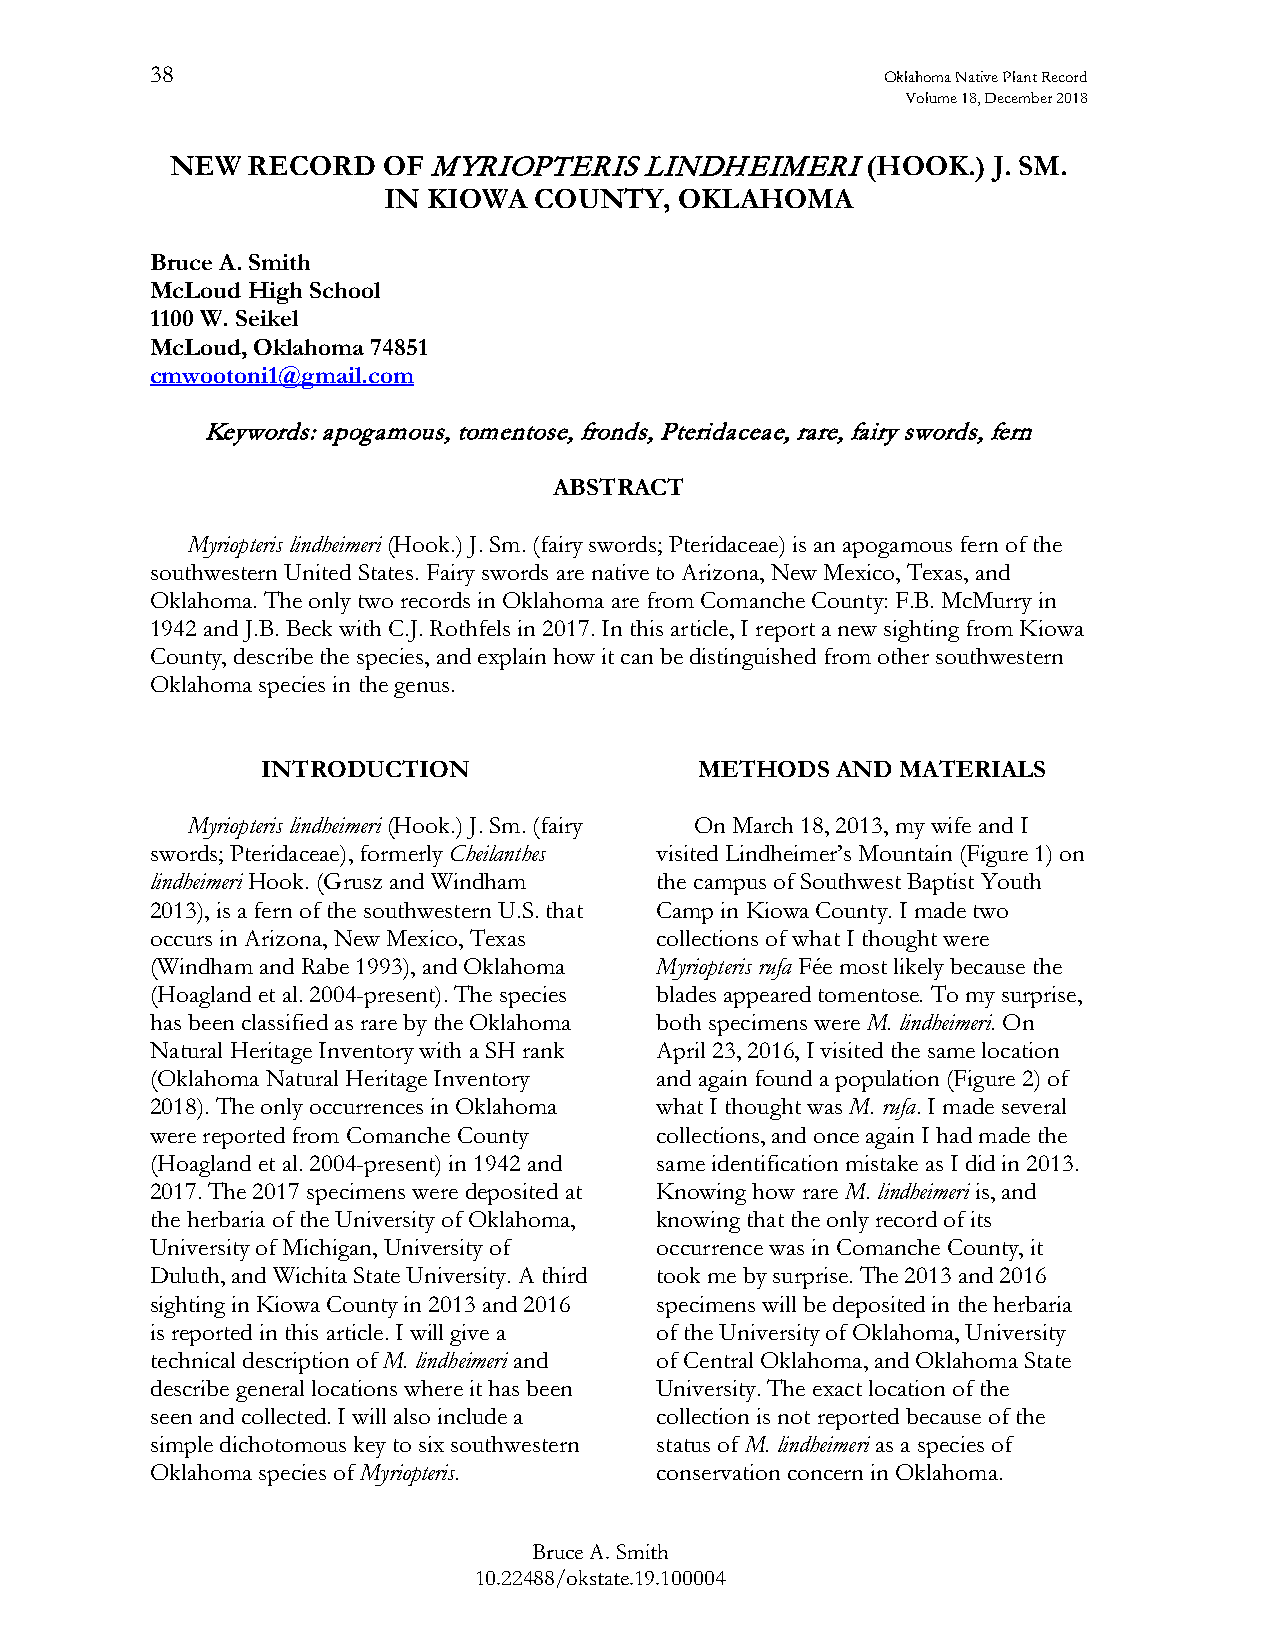
38                                               Oklahoma Native Plant Record
 Volume 18, December 2018
 NEW  RECORD   OF MYRIOPTERIS   LINDHEIMERI    (HOOK.)  J. SM.
 IN KIOWA  COUNTY,   OKLAHOMA
 Bruce A. Smith
 McLoud High School
 1100 W. Seikel
 McLoud, Oklahoma 74851
 cmwootoni1@gmail.com
 Keywords: apogamous, tomentose, fronds, Pteridaceae, rare, fairy swords, fern
 ABSTRACT
 Myriopteris lindheimeri (Hook.) J. Sm. (fairy swords; Pteridaceae) is an apogamous fern of the
 southwestern United States. Fairy swords are native to Arizona, New Mexico, Texas, and
 Oklahoma. The only two records in Oklahoma are from Comanche County: F.B. McMurry in
 1942 and J.B. Beck with C.J. Rothfels in 2017. In this article, I report a new sighting from Kiowa
 County, describe the species, and explain how it can be distinguished from other southwestern
 Oklahoma species in the genus.
 INTRODUCTION                 METHODS  AND  MATERIALS
 Myriopteris lindheimeri (Hook.) J. Sm. (fairy On March 18, 2013, my wife and I
 swords; Pteridaceae), formerly Cheilanthes visited Lindheimer’s Mountain (Figure 1) on
 lindheimeri Hook. (Grusz and Windham the campus of Southwest Baptist Youth
 2013), is a fern of the southwestern U.S. that Camp in Kiowa County. I made two
 occurs in Arizona, New Mexico, Texas collections of what I thought were
 (Windham and Rabe 1993), and Oklahoma Myriopteris rufa Fée most likely because the
 (Hoagland et al. 2004-present). The species blades appeared tomentose. To my surprise,
 has been classified as rare by the Oklahoma both specimens were M. lindheimeri. On
 Natural Heritage Inventory with a SH rank April 23, 2016, I visited the same location
 (Oklahoma Natural Heritage Inventory and again found a population (Figure 2) of
 2018). The only occurrences in Oklahoma what I thought was M. rufa. I made several
 were reported from Comanche County collections, and once again I had made the
 (Hoagland et al. 2004-present) in 1942 and same identification mistake as I did in 2013.
 2017. The 2017 specimens were deposited at Knowing how rare M. lindheimeri is, and
 the herbaria of the University of Oklahoma, knowing that the only record of its
 University of Michigan, University of occurrence was in Comanche County, it
 Duluth, and Wichita State University. A third took me by surprise. The 2013 and 2016
 sighting in Kiowa County in 2013 and 2016 specimens will be deposited in the herbaria
 is reported in this article. I will give a of the University of Oklahoma, University
 technical description of M. lindheimeri and of Central Oklahoma, and Oklahoma State
 describe general locations where it has been University. The exact location of the
 seen and collected. I will also include a collection is not reported because of the
 simple dichotomous key to six southwestern status of M. lindheimeri as a species of
 Oklahoma species of Myriopteris. conservation concern in Oklahoma.
 Bruce A. Smith
 10.22488/okstate.19.100004